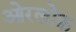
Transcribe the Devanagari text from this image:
ओरलोफ़